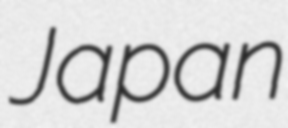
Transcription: Japan